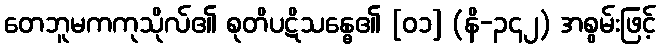
တေဘူမကကုသိုလ်၏ စုတိပဋိသန္ဓေ၏ [၀၁] (နိ-၃၄၂) အစွမ်းဖြင့်